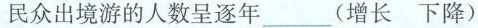
民众出境游的人数呈逐年(增长下降)